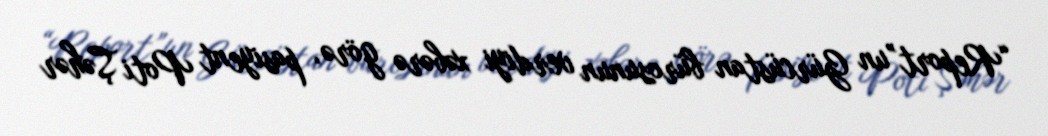
“Report”un Gürcüstan bürosunun verdiyi xəbərə görə, pasiyent Poti Şəhər